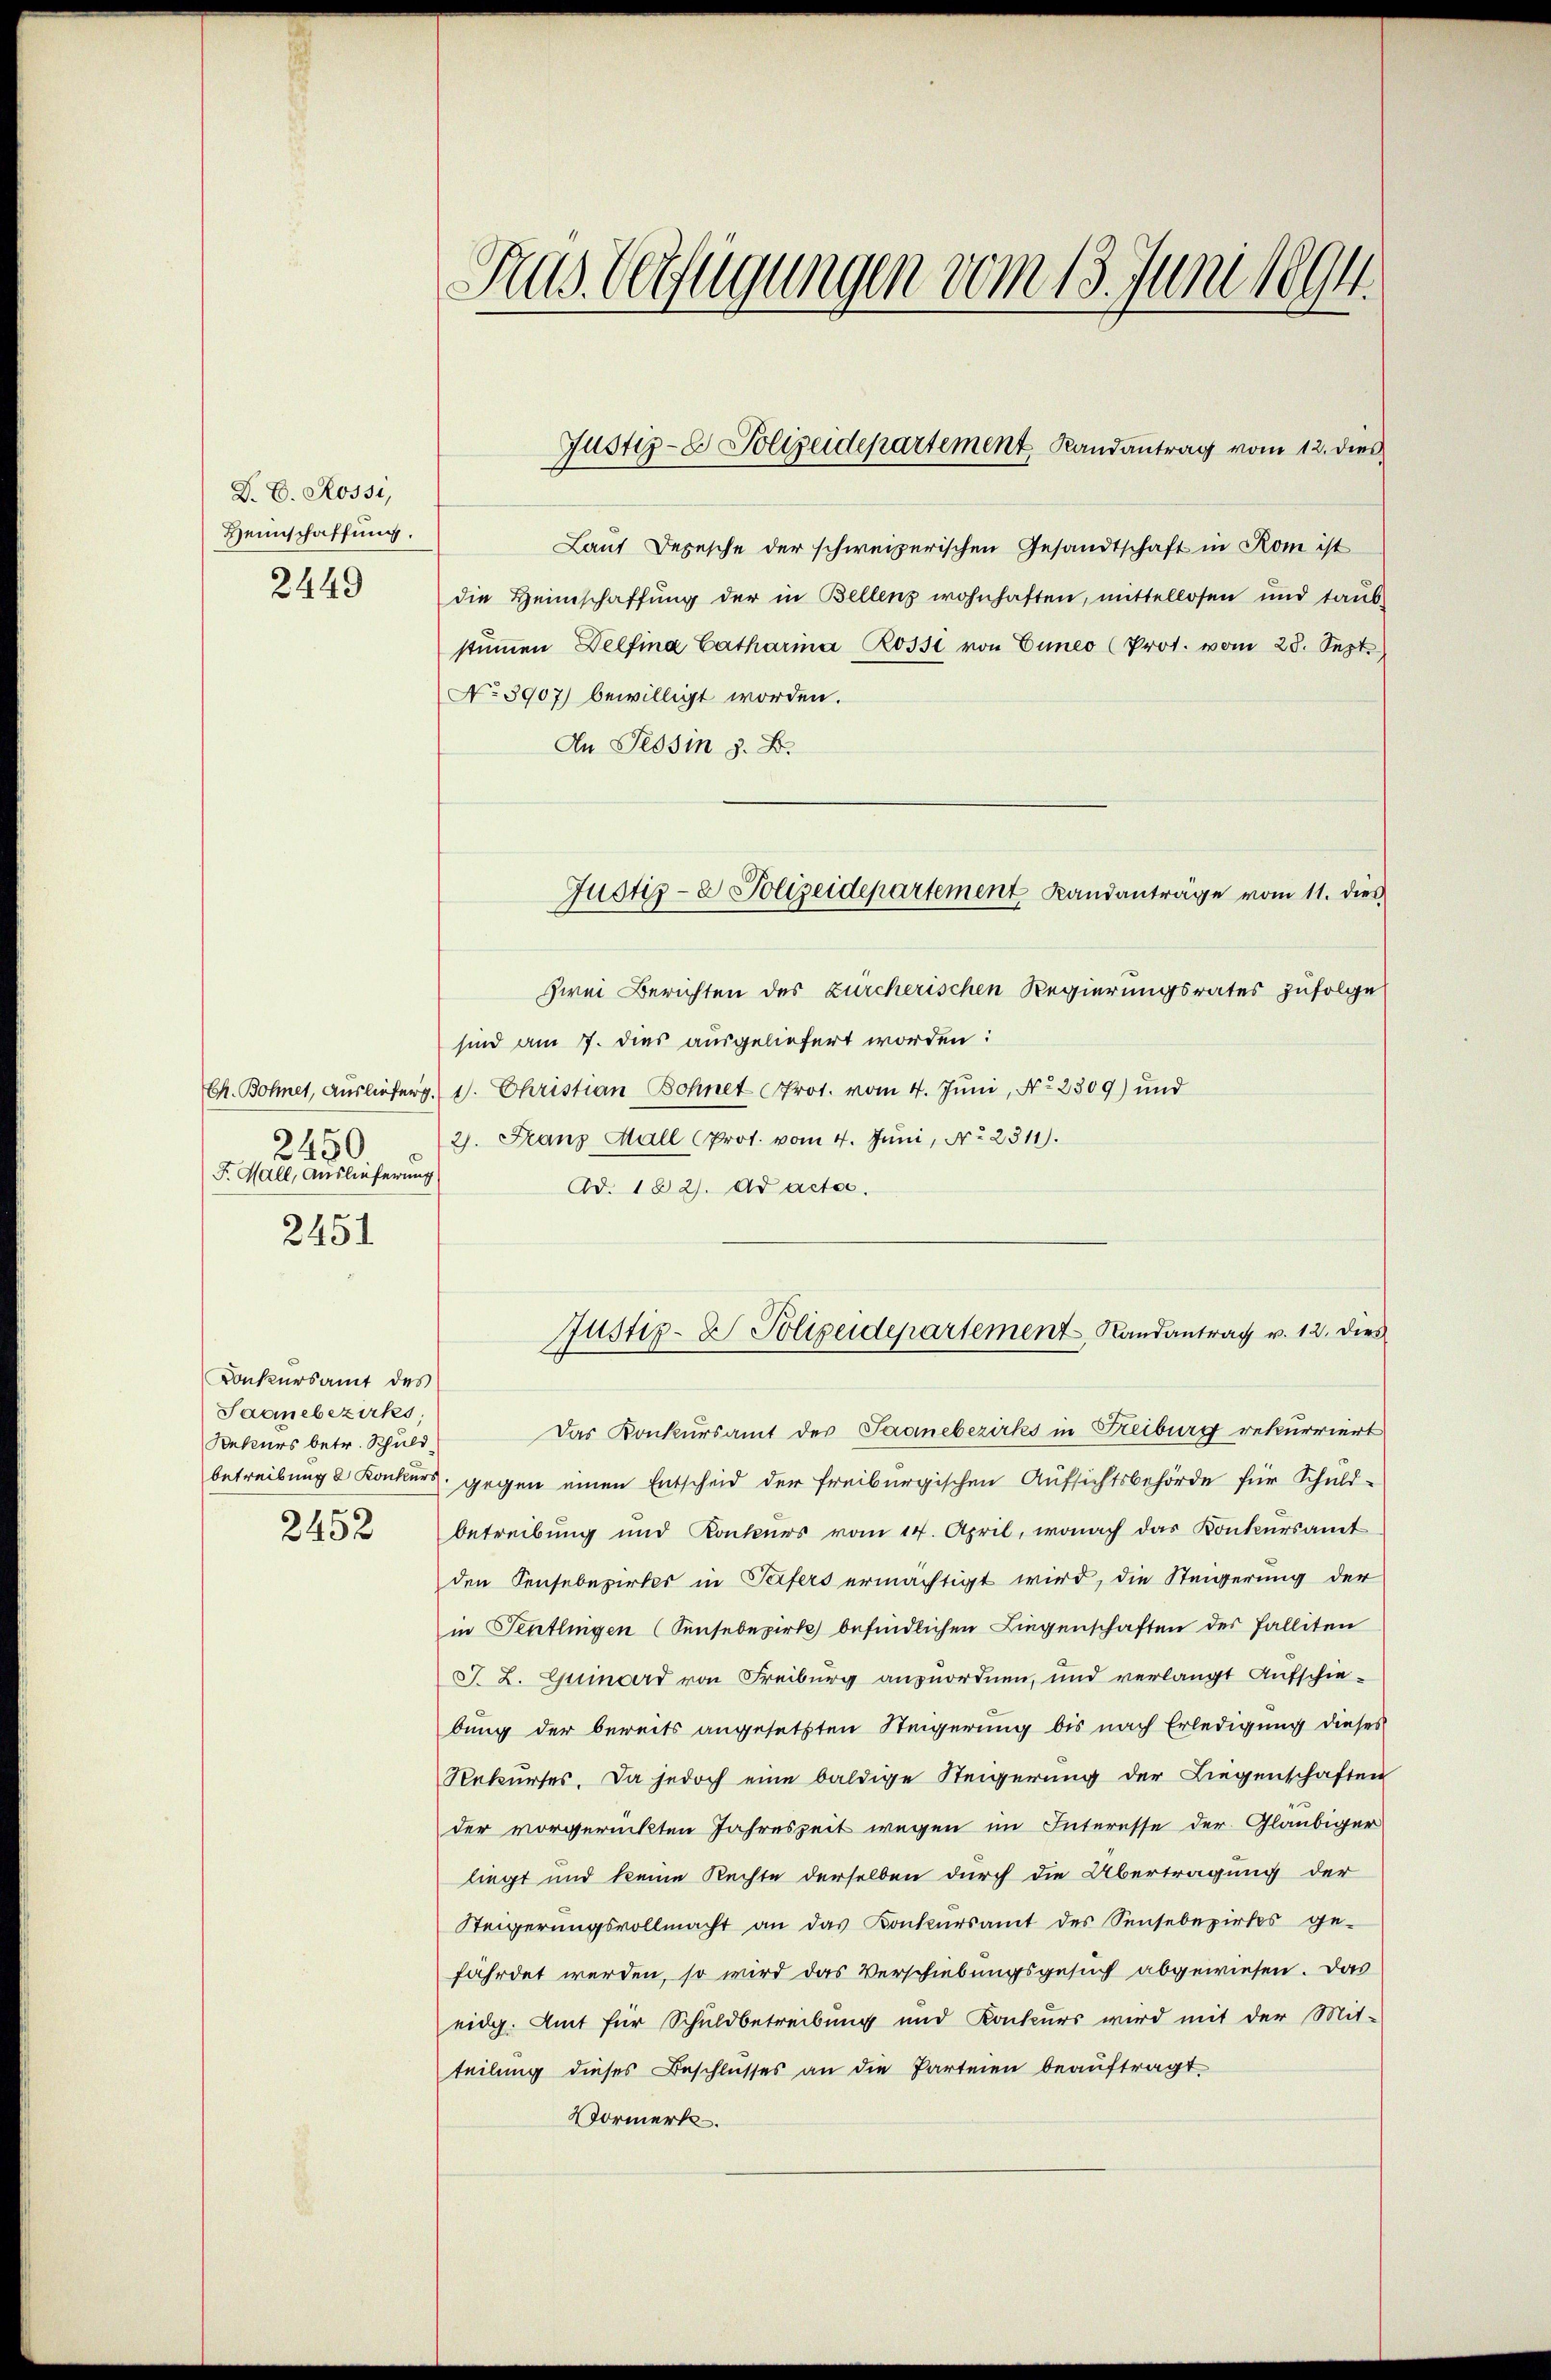
D. E. Rossi,
Heimschaffung.
2449

Ch. Bohnet, Auslieferg.
2450
F. Male, Auslieferung
2451

Konkursamt des
Saanebezirks,
Dekurs betr. Schuld

Trus. Verfügungen vom 13. Juni 1894.

Laut Depesche der schweizerischen Gesandtschaft in Rom ist
die Heimschaffung der in Bellens wohnhaften, mittellosen und taŭb-
stimmen Delfina Catharina Rossi von Euneo (Prot. vom 28. Sept.
No 3907) bewilligt worden.
An Tessin z. B.
Zwei Berichten des zürcherischen Regierungsrates zufolge
sind am 7. dies ausgeliefert worden:
1. Christian Bohnet Prot. vom 4. Juni, No 2309) und
2. Franz Mall (Prot. vom 4. Juni, No 2311).
Ad. 182. Ad actes.
Justiz- & Polizeidepartement Randantrag v. 12. dies
Das Konkursamt des Saanebezirks in Freiburg rekurriert
betreibung & Konkurs gegen einen Entscheid der freiburgischen Aufsichtsbehörde für Schuld-
242 betreibŭng und Konkŭrs vom 14. April, wonach das Konkŭrsamt
den Sensebezirkes in Tafers ermächtigt wird, die Steigerung der
in Tentlingen (Sensebezirk befindlichen Liegenschaften der Falliten
J. Z. Ginord von Freiburg anzuordnen, und verlangt Aufschiebung der bereits angesetzten Steigerung bis nach Erledigung dieses
Rekurses. Da jedoch eine baldige Steigerung der Liegenschaften
der vorgerückten Jahreszeit wegen im Interesse der Gläubiger
liegt und keine Rechte derselben durch die Übertragung der
Steigerŭngsvollmacht an das Konkŭrsamt des Sensebezirkes ge-
fährdet werden, so wird das Verschiebungsgesuch abgewiesen. Das
eidg. Amt für Schuldbetreibung und Konkurs wird mit der Mit-
teilung dieses Beschlusses an die Parteien beauftragt,
Vormerk

Justiz- Polizeidepartement Randantrag vom 12. dies

Justiz- & Polizeidepartement Landanträge vom 11. dies